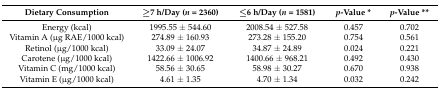
<table><thead><tr><td><b>Dietary Consumption</b></td><td><b>≥7 h/Day (<i>n</i> = 2360)</b></td><td><b>≤6 h/Day (<i>n</i> = 1581)</b></td><td><b><i>p</i>-Value *</b></td><td><b><i>p</i>-Value **</b></td></tr></thead><tbody><tr><td>Energy (kcal)</td><td>1995.55 ± 544.60</td><td>2008.54 ± 527.58</td><td>0.457</td><td>0.702</td></tr><tr><td>Vitamin A (μg RAE/1000 kcal)</td><td>274.89 ± 160.93</td><td>273.28 ± 155.20</td><td>0.754</td><td>0.561</td></tr><tr><td>Retinol (μg/1000 kcal)</td><td>33.09 ± 24.07</td><td>34.87 ± 24.89</td><td>0.024</td><td>0.221</td></tr><tr><td>Carotene (μg/1000 kcal)</td><td>1422.66 ± 1006.92</td><td>1400.66 ± 968.21</td><td>0.492</td><td>0.430</td></tr><tr><td>Vitamin C (mg/1000 kcal)</td><td>58.56 ± 30.65</td><td>58.98 ± 30.27</td><td>0.670</td><td>0.938</td></tr><tr><td>Vitamin E (μg/1000 kcal)</td><td>4.61 ± 1.35</td><td>4.70 ± 1.34</td><td>0.032</td><td>0.242</td></tr></tbody></table>